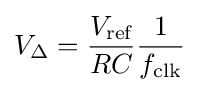
V_{\Delta }={\frac {V_{\text{ref}}}{RC}}{\frac {1}{f_{\text{clk}}}}